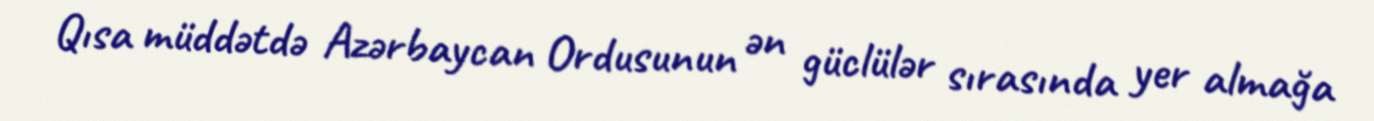
Qısa müddətdə Azərbaycan Ordusunun ən güclülər sırasında yer almağa